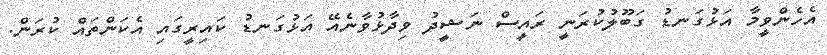
އެހެންވީމާ އަޅުގަނޑު ގަބޫލުކުރަނީ ރައީސް ނަޝީދު ވިދާޅުވާނެއޭ އަޅުގަނޑު ކައިރީގައި އެކަންތައް ކުރަން.